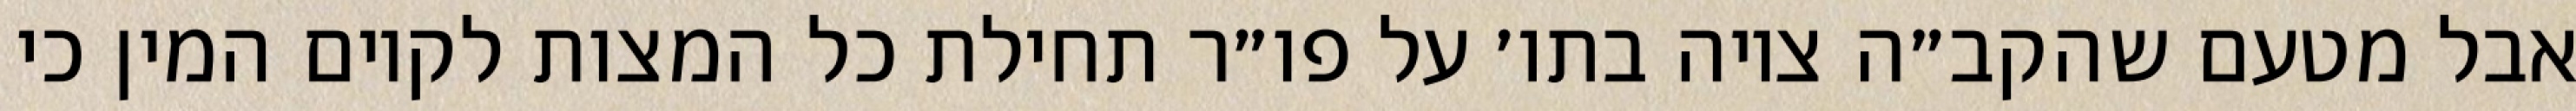
אבל מטעם שהקב״ה ציוה בתו׳ על פו״ר תחילת כל המצות לקיום המין כי